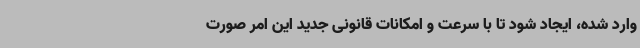
وارد شده، ایجاد شود تا با سرعت و امکانات قانونی جدید این امر صورت